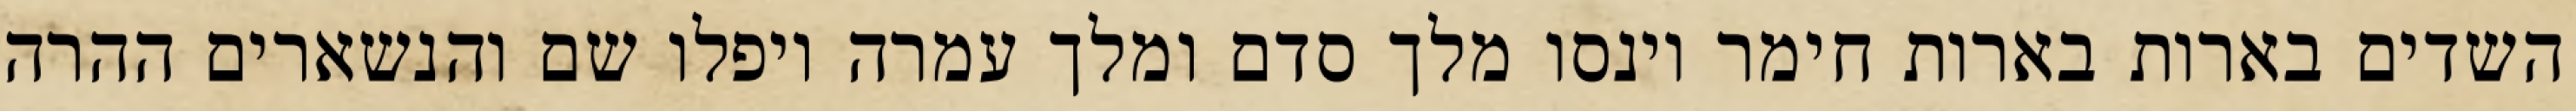
השדים בארות בארות חימר וינסו מלך סדם ומלך עמרה ויפלו שם והנשארים ההרה